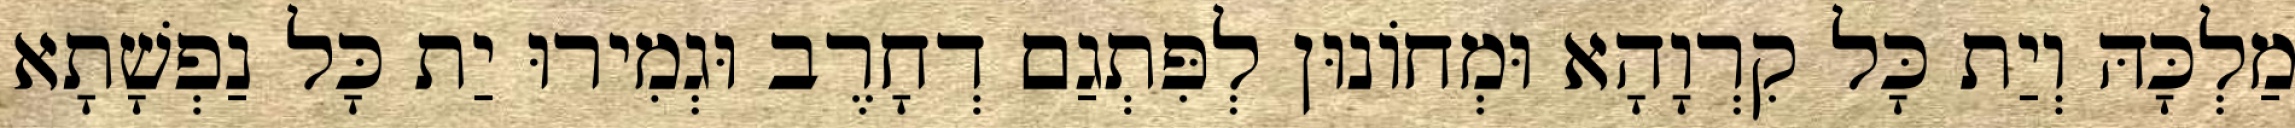
מַלְכָּהּ וְיַת כָּל קִרְוָהָא וּמְחוֹנוּן לְפִּתְגַם דְחָרֶב וּגְמִירוּ יַת כָּל נַפְשָׁתָא